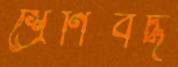
শ্রেণিবদ্ধ